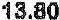
13.80